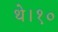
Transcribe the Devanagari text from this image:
थे।१०